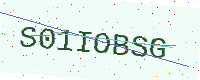
Text: S01IOBSG